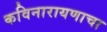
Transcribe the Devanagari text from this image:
कविनारायणाचा